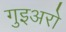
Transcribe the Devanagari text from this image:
गुइअरो